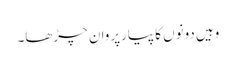
وہیں دونوں کا پیارپروان چڑھا۔